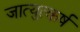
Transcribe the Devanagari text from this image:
जात्युत्कर्ष